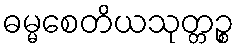
ဓမ္မစေတိယသုတ္တဉ္စ